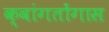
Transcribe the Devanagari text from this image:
क्वांगतोंगास